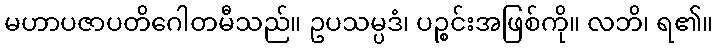
မဟာပဇာပတိဂေါတမီသည်။ ဥပသမ္ပဒံ၊ ပဉ္စင်းအဖြစ်ကို။ လဘိ၊ ရ၏။